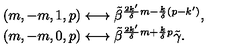
\begin{array} { l } { ( m , - m , 1 , p ) \longleftrightarrow \tilde { \beta } ^ { \frac { 2 k ^ { \prime } } { \delta } m - \frac { k } { \delta } ( p - k ^ { \prime } ) } , } \\ { ( m , - m , 0 , p ) \longleftrightarrow \tilde { \beta } ^ { \frac { 2 k ^ { \prime } } { \delta } m + \frac { k } { \delta } p } \tilde { \gamma } . } \\ \end{array}